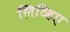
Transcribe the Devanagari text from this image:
लिव्हिए